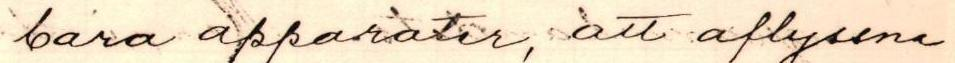
bara apparater, att aflyssna